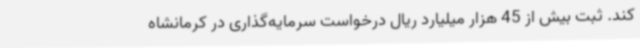
کند. ثبت بیش از 45 هزار میلیارد ریال درخواست سرمایه‌گذاری در کرمانشاه